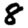
Digit: 8